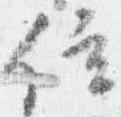
位